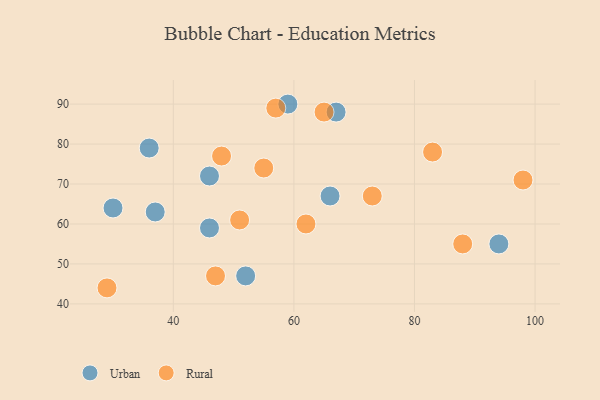
{"axis": {"x": "GDP", "y": "Life Expectancy"}, "legend": ["Rural", "Urban"], "data": [{"x": "59", "y": 90, "type": "Urban"}, {"x": "37", "y": 63, "type": "Urban"}, {"x": "46", "y": 59, "type": "Urban"}, {"x": "30", "y": 64, "type": "Urban"}, {"x": "36", "y": 79, "type": "Urban"}, {"x": "66", "y": 67, "type": "Urban"}, {"x": "52", "y": 47, "type": "Urban"}, {"x": "46", "y": 72, "type": "Urban"}, {"x": "67", "y": 88, "type": "Urban"}, {"x": "94", "y": 55, "type": "Urban"}, {"x": "51", "y": 61, "type": "Rural"}, {"x": "47", "y": 47, "type": "Rural"}, {"x": "29", "y": 44, "type": "Rural"}, {"x": "55", "y": 74, "type": "Rural"}, {"x": "48", "y": 77, "type": "Rural"}, {"x": "83", "y": 78, "type": "Rural"}, {"x": "65", "y": 88, "type": "Rural"}, {"x": "57", "y": 89, "type": "Rural"}, {"x": "98", "y": 71, "type": "Rural"}, {"x": "62", "y": 60, "type": "Rural"}, {"x": "73", "y": 67, "type": "Rural"}, {"x": "88", "y": 55, "type": "Rural"}]}